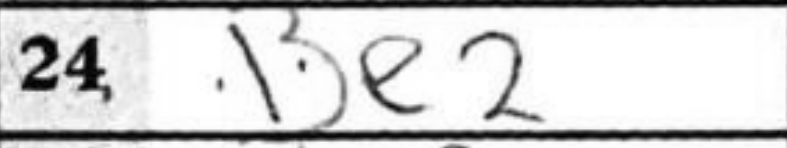
Transcription: Be2